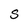
Character: S